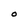
Character: O